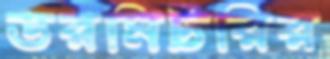
ডরমিটরির